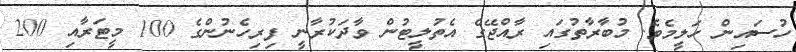
ހުސައިން ހަލީމެވެ. މުބާރާތުގައި ރާއްޖޭގެ އެތުލީޓުން ވާދަކުރާނީ ފިރިހެނުންގެ 100 މީޓަރާއި 200